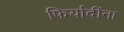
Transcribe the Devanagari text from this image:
फिर्यादींना